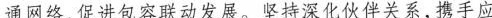
通网络，促进包容联动发展。坚持深化伙伴关系，携手应